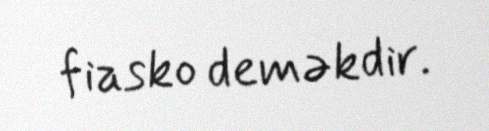
fiasko deməkdir.